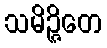
သမိဉ္ဇိတေ